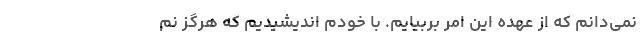
نمی‌دانم که از عهده این امر بربیایم. با خودم اندیشیدیم که هرگز نم